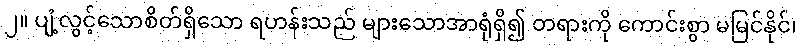
၂။ ပျံ့လွင့်သောစိတ်ရှိသော ရဟန်းသည် များသောအာရုံရှိ၍ တရားကို ကောင်းစွာ မမြင်နိုင်၊